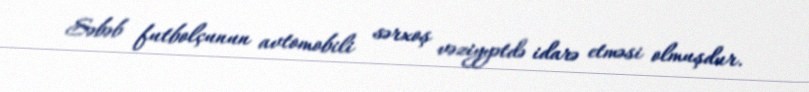
Səbəb futbolçunun avtomobili sərxoş vəziyyətdə idarə etməsi olmuşdur.